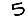
Digit: 5